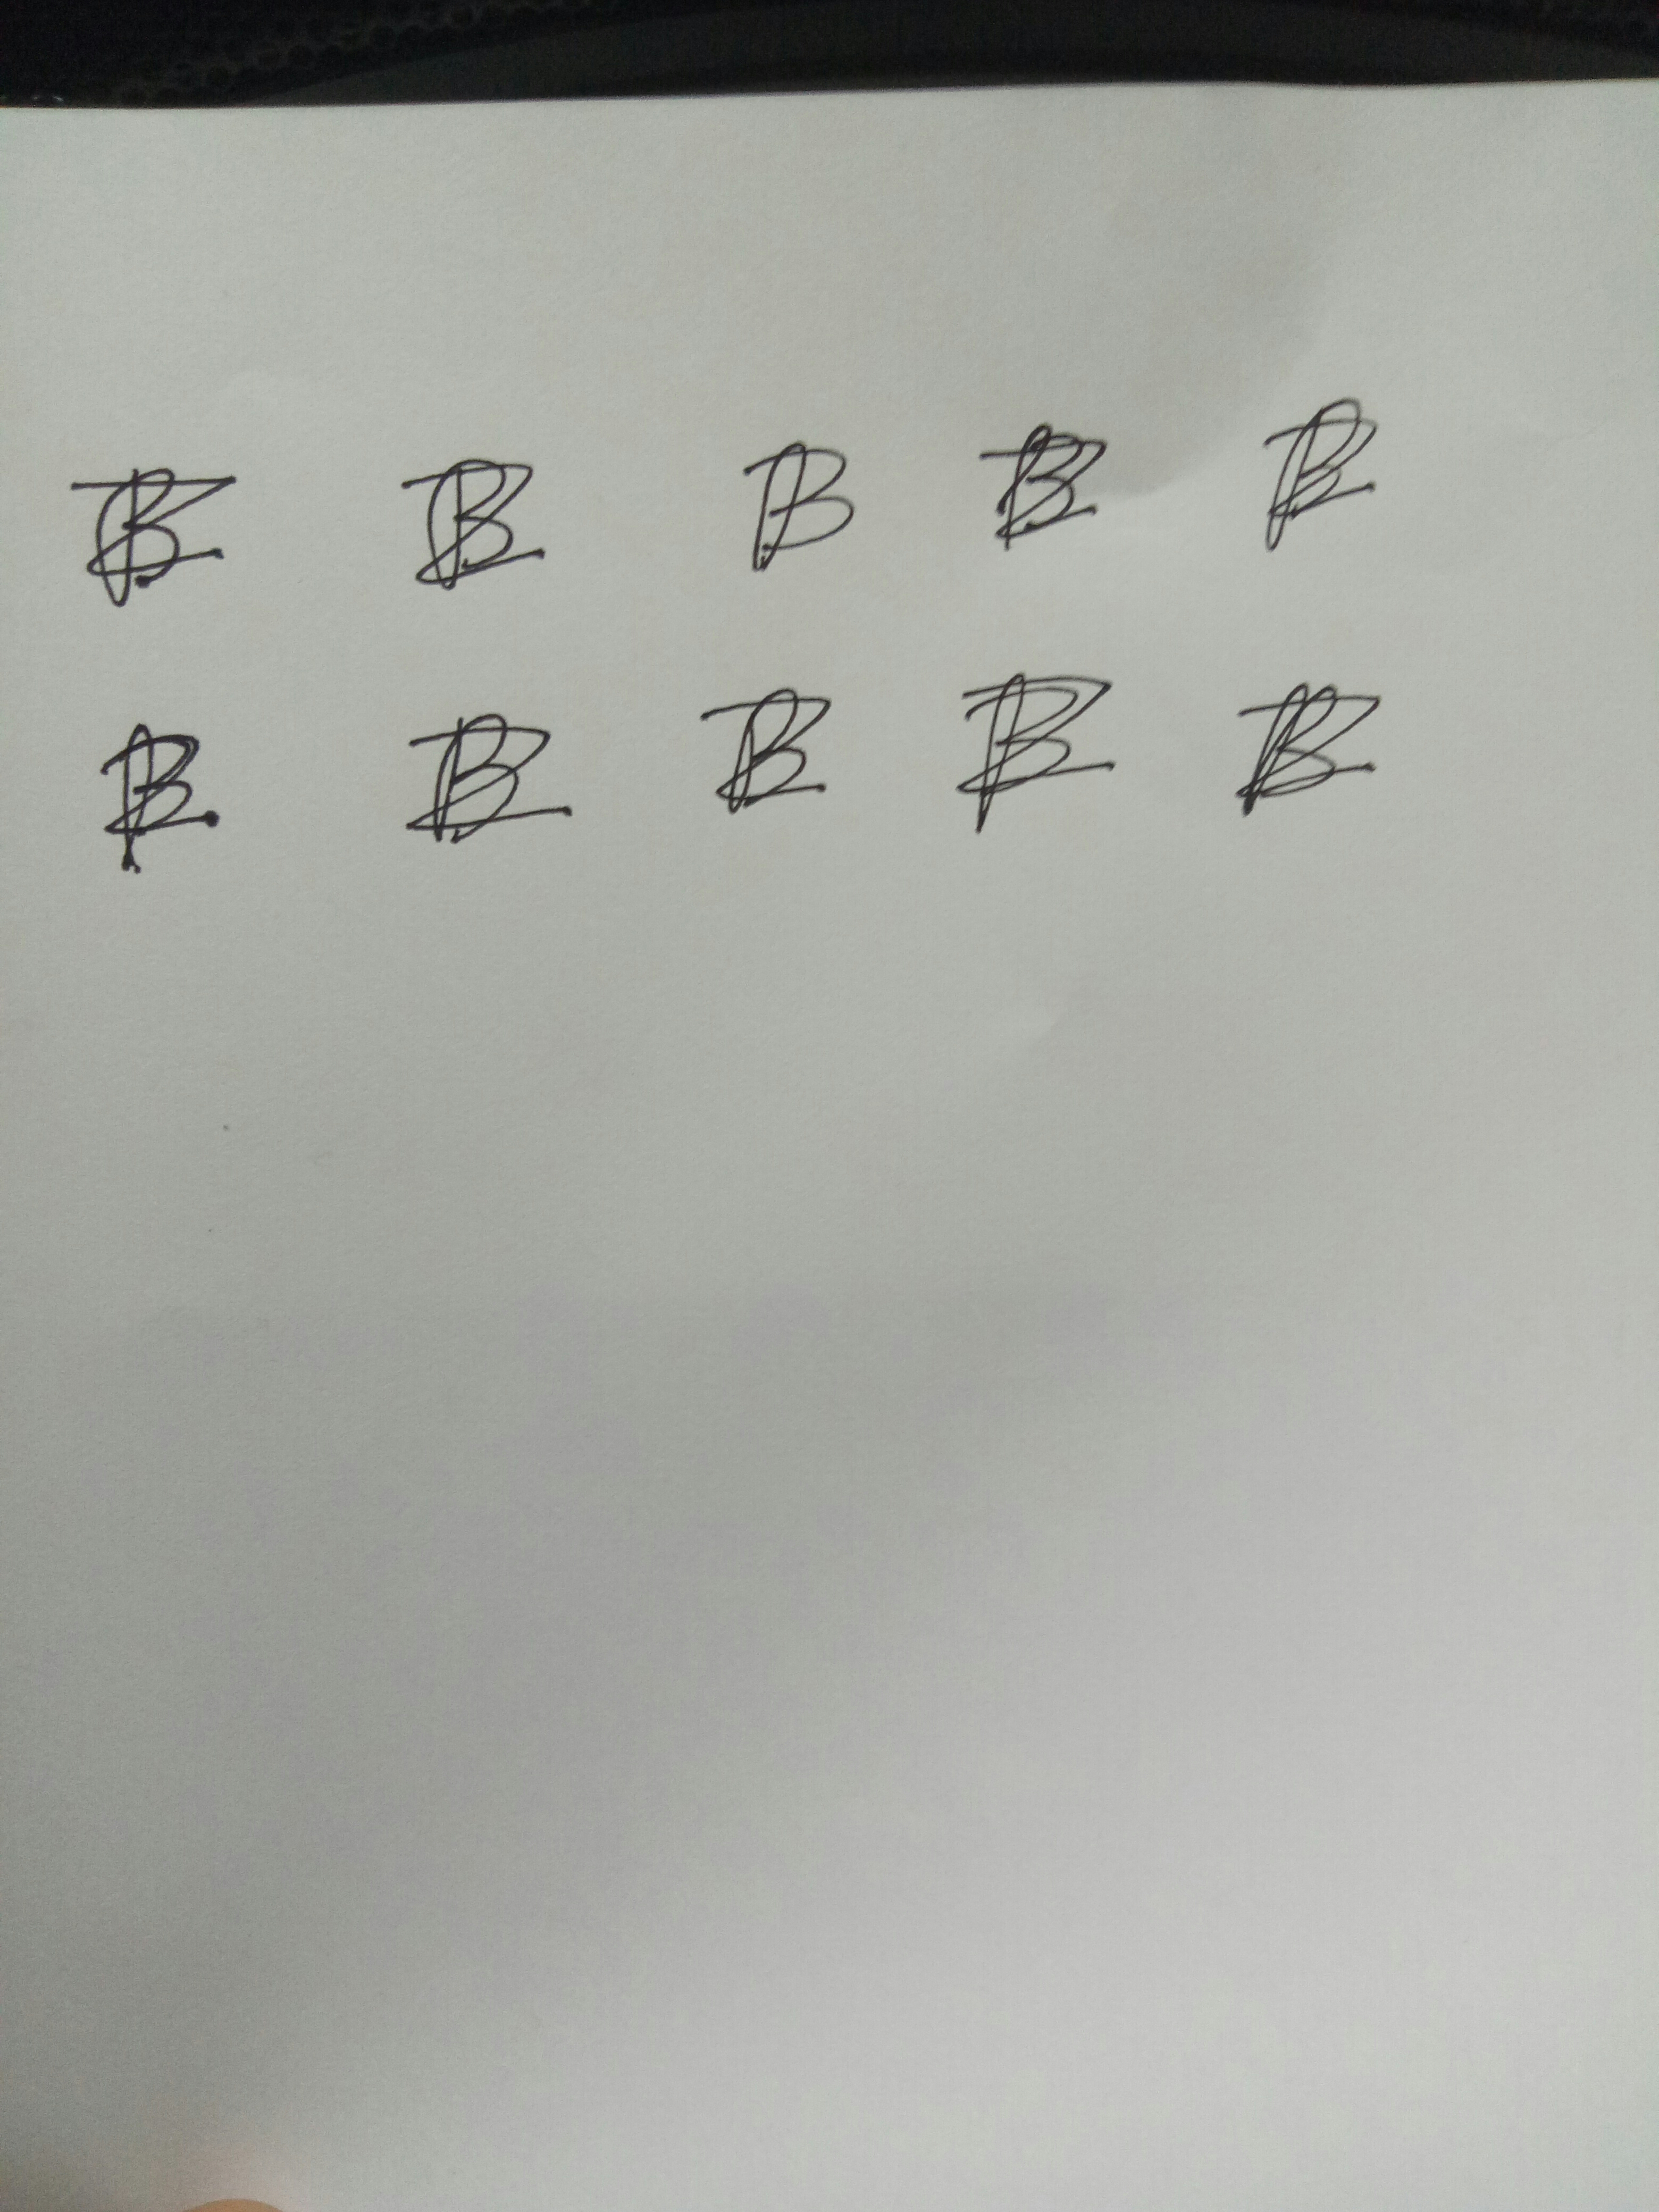
Signature authenticity: forged